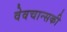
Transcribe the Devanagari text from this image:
वेवचान्सकी